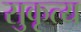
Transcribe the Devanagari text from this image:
सुकृत्य